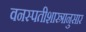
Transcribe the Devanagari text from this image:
वनस्पतीशास्त्रानुसार